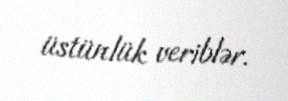
üstünlük veriblər.